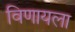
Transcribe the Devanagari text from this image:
विणायला